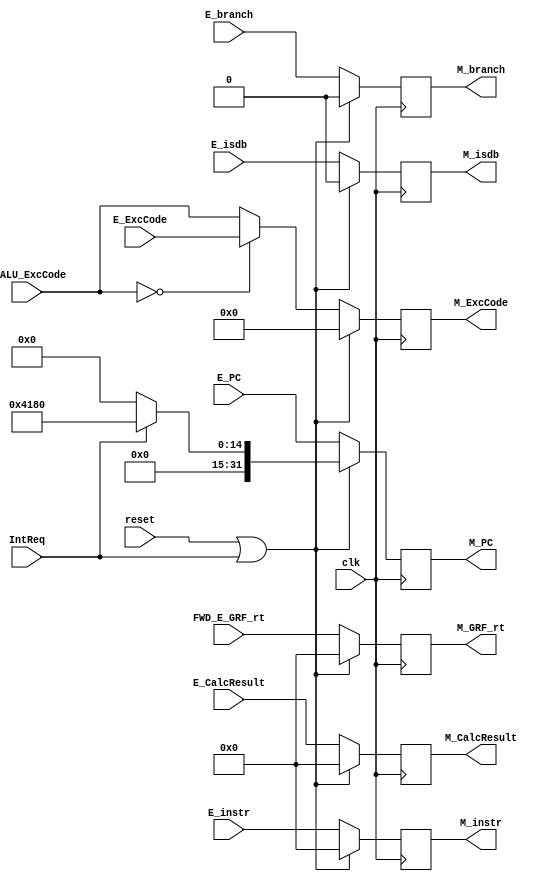
module M_REG(
    input clk,
    input reset,
    input IntReq,
    input [31:0] E_PC,
    input [31:0] E_instr,
    input [31:0] FWD_E_GRF_rt,
    input [31:0] E_CalcResult,
    input [4:0] E_ExcCode,
    input [4:0] E_ALU_ExcCode,
    input E_isdb,
    input E_branch,
    output reg [31:0] M_PC,
    output reg [31:0] M_instr, 
    output reg [31:0] M_GRF_rt,  
    output reg [31:0] M_CalcResult,
    output reg [4:0] M_ExcCode,
    output reg M_isdb,
    output reg M_branch);

    always @(posedge clk) begin
        if (reset|IntReq) begin
            M_PC <= IntReq ? 32'h00004180 : 32'h0;
            M_instr <= 32'h0;
            M_GRF_rt <= 32'h0;
            M_CalcResult <= 32'h0;
            M_ExcCode <= 5'h0;
            M_branch <= 1'b0;
            M_isdb <= 1'b0;
        end
        else begin
            M_PC <= E_PC;
            M_instr <= E_instr;
            M_GRF_rt <= FWD_E_GRF_rt;
            M_CalcResult <= E_CalcResult;
            M_ExcCode <= (E_ALU_ExcCode == 0 ) ? E_ExcCode : E_ALU_ExcCode;
            M_branch <= E_branch;
            M_isdb <= E_isdb;
		end
    end

endmodule